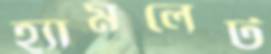
হ্যামলেট